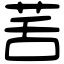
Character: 䒷